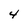
Character: 4